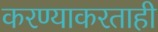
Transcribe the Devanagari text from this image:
करण्याकरताही